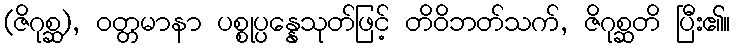
(ဇိဂုစ္ဆ), ဝတ္တမာနာ ပစ္စုပ္ပန္နေသုတ်ဖြင့် တိဝိဘတ်သက်, ဇိဂုစ္ဆတိ ပြီး၏။